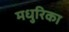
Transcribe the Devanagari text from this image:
मधुरिका